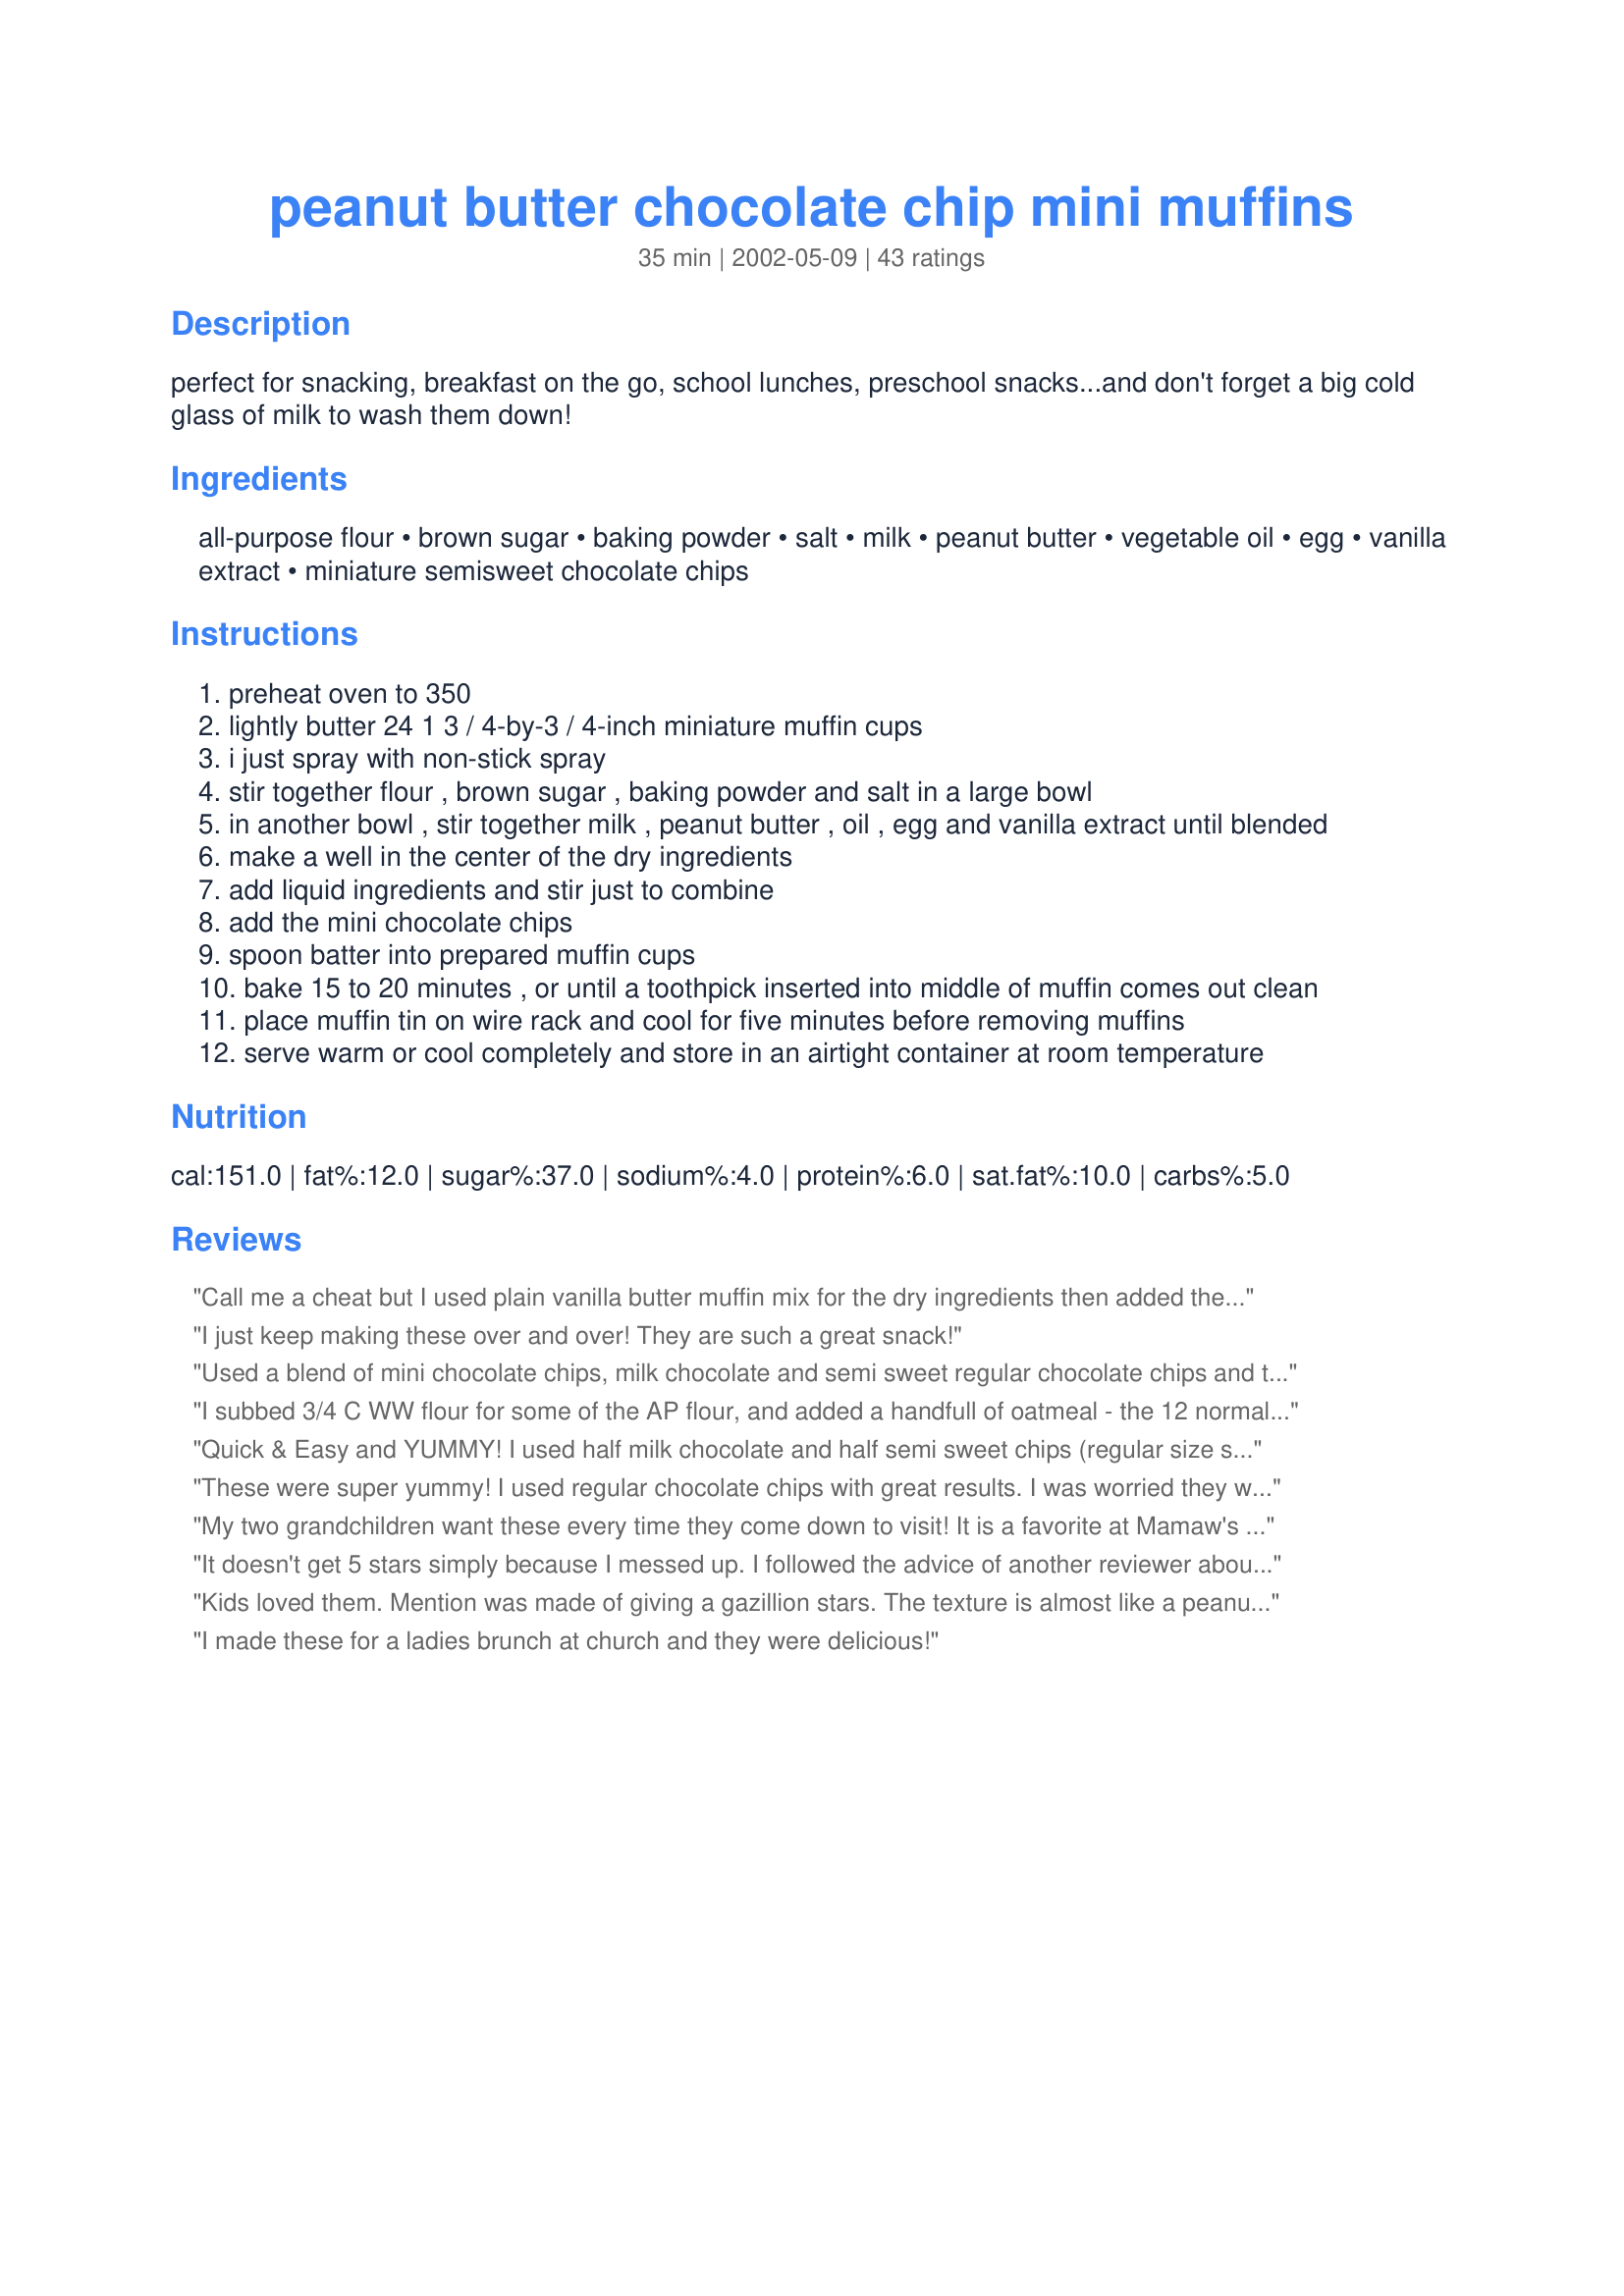
peanut butter chocolate chip mini muffins
Preparation time: 35 minutes

perfect for snacking, breakfast on the go, school lunches, preschool snacks...and don't forget a big cold glass of milk to wash them down!

Ingredients:
all-purpose flour, brown sugar, baking powder, salt, milk, peanut butter, vegetable oil, egg, vanilla extract, miniature semisweet chocolate chips

Steps:
preheat oven to 350
lightly butter 24 1 3 / 4-by-3 / 4-inch miniature muffin cups
i just spray with non-stick spray
stir together flour , brown sugar , baking powder and salt in a large bowl
in another bowl , stir together milk , peanut butter , oil , egg and vanilla extract until blended
make a well in the center of the dry ingredients
add liquid ingredients and stir just to combine
add the mini chocolate chips
spoon batter into prepared muffin cups
bake 15 to 20 minutes , or until a toothpick inserted into middle of muffin comes out clean
place muffin tin on wire rack and cool for five minutes before removing muffins
serve warm or cool completely and store in an airtight container at room temperature

Reviews:
Call me a cheat but I used plain vanilla butter muffin mix for the dry ingredients then added the choc chips, milk, crunchy peanut butter, egg and oil. Turned out absolutely scrumptious - great for when you don't have time to measure ingredients and fuss! Thanks!
I just keep making these over and over! They are such a great snack!
Used a blend of mini chocolate chips, milk chocolate and semi sweet regular chocolate chips and turned out perfectly chocolatey :) Awesome fresh out of the oven when the chocolate is melted, also used crunchy peanut butter which gave them a good texture, great muffins :)
I subbed 3/4 C WW flour for some of the AP flour, and added a handfull of oatmeal - the 12 normal-sized muffins were a little dense (likely due to these changes) so next time I will increase the baking powder - I will definitely make these again. I used 2 sizes of chocolate chips and sprinkled the tops with some unsalted peanuts before baking. These are great for breakfasts as the peanut butter seems to add enough protein to keep me from being hungry an hour later! Thank you!
Quick & Easy and YUMMY! I used half milk chocolate and half semi sweet chips (regular size since I didn't have the minis) and crunchy PB. I made muffin tops and as reported by another reviewer, it made 10 tops. Baking at 325 for 15 - 18 mins produced perfect results. Since this was for a Sunday afternoon treat instead of breakfast, I added a glaze of confectioner's sugar and milk - they disappeared quickly! This recipe is a keeper - especially since I have 5 grandsons that all like chocolate and PB.
These were super yummy! I used regular chocolate chips with great results. I was worried they would be dry because the batter was so thick, but they were soft and moist like a muffin and tasted like a peanut butter cookie. Wonderful!!
My two grandchildren want these every time they come down to visit! It is a favorite at Mamaw's house and we thank you from the bottom of our very satisfied tummies!! Blessings!
It doesn't get 5 stars simply because I messed up. I followed the advice of another reviewer about making 12 regular muffins instead of 16. Boy was that person wrong!! My muffins spread so much they overflowed and dripped onto the bottom of the oven. Next time I really will make 16. Other that than, the flavors blend together well.
Kids loved them. Mention was made of giving a gazillion stars. The texture is almost like a peanut butter cookie. Very tasty. Thanks for sharing. We served with fruit salad and sausage links.
I made these for a ladies brunch at church and they were delicious!
Nice peanutty taste.
These were pretty good. I made 16 regular sized muffins, but think I will try only 12 next time. These do not rise very much during baking, so filling the cups up is important! Mine we also a little on the dry side, since I made 16. If I try 12, I think it will make them thicker, bigger and hold the moisture in while baking. We used this recipe for one of our playgroup's "Muffin Monday". Thanks so much!
I made these yesterday morning, and I thought they were just ok. I followed the recipe almost exactaly, the only change I made was to make regular sized muffins, and I had to bake them for 25 mins to get them done. The tase was pretty good, but they are just so dense.....maybe they would have been better bite sized. I probably won't try again to find out. <br/>Thanks for posting, it's always nice to try a different recipe!
These were wonderful, easy to make mini muffins! They had a great peanut butter chocolate taste. I made them when my sister and nephews came over and they all loved them too.
Very good. I made it into a loaf instead of muffins. Not too sweet, just right. Big hit with friends. I will keep this one close. Thank you so much!
Made these for a baby shower (doubled the recipe), and they were quite good! My little sisters and my son really enjoyed them. I used half regular flour, half whole wheat to make them a tad healthier, and used light peanut butter. Thanks for the recipe!
OK, my fault!! The first thing that one is taught in high school home ec. is to always have your ingredients out and measured as to make the process of baking smooth. Well, I did not do that. I discovered well into the recipe that I had no milk nor anything to use as a substitute, so I took a chance and used plain water. I also used chunky peanut butter and the muffins turned out GREAT. The next time I use this recipe I will take the advice of another "chef" and use half a cup of powdered baking chocolate. I think that would taste very good. Thank-You for the tasty recipe.
I substituted applesauce for the oil, but otherwise did not change a thing. They turned out great!
Remember to bake them longer say 20-25min if you're gonna make 12 muffins. I checked 15min and they're underbaked (i forgot the baking was for mini muffins, silly me). The combination of peanut butter and chocolate chip is fabulous. Nice muffin txture. Mine domed and cracked,looks and tastes great!
Best muffins I've made, period. Although the peanut butter isn't overwhelming, it makes them very rich and tender overall. I don't think I could finish a full-size muffin of this kind, so minis are perfect.
Wonderful! Finally I've found a peanut butter recipe that I love! Thank you!!
I ran out of white flour so I used only whole wheat; also used regular size chocolate chips regular size muffin tins for 15 minutes... mmmm...
Makes 12 full size muffins. Best when fresh out of the oven! Yummmmm.
This is the first time we have ever had peanut butter muffins and the kids were quite pleased. I was surprised by the consistency of the batter which was almost like a wet cookie dough - did I do something wrong maybe? I don't think so, since they turned out okay, but none of the other reviews said that the batter was thick for a muffin. I really filled the mini muffin cups and still had enough batter left to make 2 regular size muffins as well. Will definitely make these again and we thank you.
I didn't have a small muffin tin so I made 12 large muffins. Cooking time was about 23 minutes.... And they turned out heavenly. You can't go wrong with peanut butter and chocolate. Thank you for posting, I will make these again and again.
These are quite nice. I did 12 larger muffins and used canola oil. I think the choc chips I used weren't the best so if I make them again I will get some better ones. I also added a bit of cocoa to the mix.
these were made as a peace offering to a grown up, so I made them full size and they worked fine. Very yummy.
We didn't actually care for these fresh out of the oven, but the flavors did improve as they cooled, and I was surprised by how light the texture of these muffins is. I got 36 mini-muffins from one batch, and I opted for smooth peanut butter and used about a cup of regular chocolate chips (not mini).
I made these the night before for breakfast. DH got into them as soon as they were turned out of the pan, though, they smelled so good! The whole family loved them in the morning. They are a little denser than most muffins, but not heavy.
I followed the recipie exactly, but had to use regular chocolate chips (thats what i had). Mine were perfectly done in 15 minutes. 
This is a keeper, and will be made many more times at our house. Thanks!!
Made exactly as listed(crunchy peanut butter). Even the time(20min.) listed worked using my silicone mini muffin pan. Delicious!
These were good but dry out quickly. I got 9 regular size muffins.
These turned out SO good! I made them regular muffin size and used an egg substitute and soy milk to make them vegan. I also used crunch pb. These will be made on a regular basis.
Made these as part of a 60th birthday gift. Managed to taste a "few"... and enjoyed them!! Used low-fat regular peanut butter and low-fat milk. Thanks NYAmy! :)
These are DELICIOUS!! Quite possibly the best muffins I have ever had. A must try for any peanut butter & chocolate lover out there. (And isn't that all of us?!) Soooooooo good!
My family loves chocolate &amp; peanut butter so I tried the PB chocolate chip muffins. I added extra chips, other than that I followed the recipe. The batter looked a little greasy. I think the combination of oil &amp; peanut butter was a little too much. The texture was a little more like a cookie than muffin. I think I will try again but use a basic muffin recipe &amp; substitute some peanut butter in place of butter. But, Thanks for the idea. I&#039;m sure my family will enjoy them.
You can't go too wrong with peanut butter and chocolate so I was excited to try this recipe. These were quite good and all five of my children liked them. Somehow, I don't think of these as breakfast muffins but more like a dessert; although, they are quite filling. I made 12 regular size muffins and baked for 20 minutes. They came out perfect. I also used regular size chocolate chips. I think I will be packing some in lunchboxes soon.
We loved these! I scaled them down to 9 servings to make in my small mini muffin pan and then cook in the toaster oven. I used splenda brown (at half strength as you are supposed to), mostly "better n'peanut butter" but when I ran out I finished off with chunky. Since a scaled recipe called for 3/8th of an egg I just used the white, and I used skim milk. These were moist and tasty with a lovely chocolate and peanut butter combination.
Yum! I made these into muffin tops and got 10 out of the recipe. I think they could have used a bit more PB, but that's just me. Someone else commented that the mixture was very thick, mine was too. I used regular sized chocolate chips and natural smooth PB. Cooked at 325 for 18 minutes and they were perfect! Thanks!
Made as part of Mothers' Day Brunch. I knew these would be a hit with DH's sweet tooth family and I was right! These muffins were simple to prepare and I got 24 good sized mini muffins. I filled the muffin tins pretty well, so my mini muffins had big tops. I did use regular size chocolate chips but think I'd prefer the minis if I had them on hand. DSS will love these too.
Yummy! I added in a twist... I added 1/2 cup of cocoa powder. Then we baked them in the giant muffin tins. The result was fantastic; rich, dense, chocolate-peanut butter muffins. I think it would be fun to experiment with chunky peanut butter and of course-more chocolate! Thanks NYAmy!
Good basic muffin recipe. I substituted cannabis infused coconut oil. Good texture, just kinda bland. I bakedon't at 350 for 15. Gonna find a recipe with a more peanut buttery flavor.
the taste was quite good but i wouldn't call them "moist".
I love peanut butter and chocolate so these sounded delicious, but they did not live up to my expectations. They were dry and the flavor was just so-so. I did not overcook them so that is not why they were dry; I baked mine at 325 degrees for 10-11 minutes and they tested done. (The recipe says to cook them at 350 for 15-20 minutes.) I do not think I will make these again.
I didn't have nearly as much peanut butter as this recipe called for so these muffins were more just chocolate chip muffins. I also used regular sized chocolate chips which made it more like chocolate chunk muffins. They are very moist and extremely tasty!! Yum!! Thanks for sharing!
